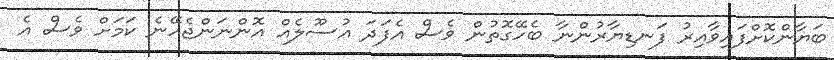
ބަޔާންކޮށްފައިވާއިރު ފަނޑިޔާރުންނާ ބެހޭގޮތުން ވެސް އެފަދަ އުސޫލެއް އޮންނަންޖެހޭނެ ކަމަށް ވެސް އެ